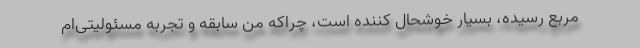
مربع رسیده، بسیار خوشحال کننده است، چراکه من سابقه و تجربه مسئولیتی‌ام